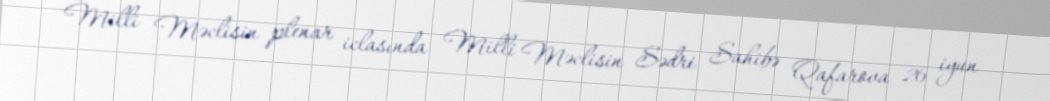
Milli Məclisin plenar iclasında Milli Məclisin Sədri Sahibə Qafarova 26 iyun